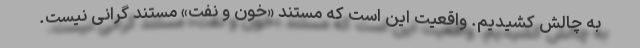
به چالش کشیدیم. واقعیت این است که مستند «خون و نفت» مستند گرانی نیست.